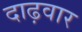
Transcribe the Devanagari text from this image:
दाढ़वार